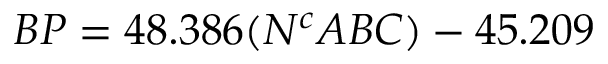
B P = 4 8 . 3 8 6 ( N ^ { c } A B C ) - 4 5 . 2 0 9